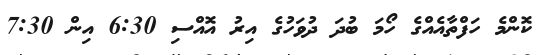
ކޮންމެ ހަފްތާއެއްގެ ހޯމަ ބުދަ ދުވަހުގެ އިރު އޮއްސި 6:30 އިން 7:30